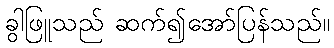
ခွါဖြူသည် ဆက်၍အော်ပြန်သည်။